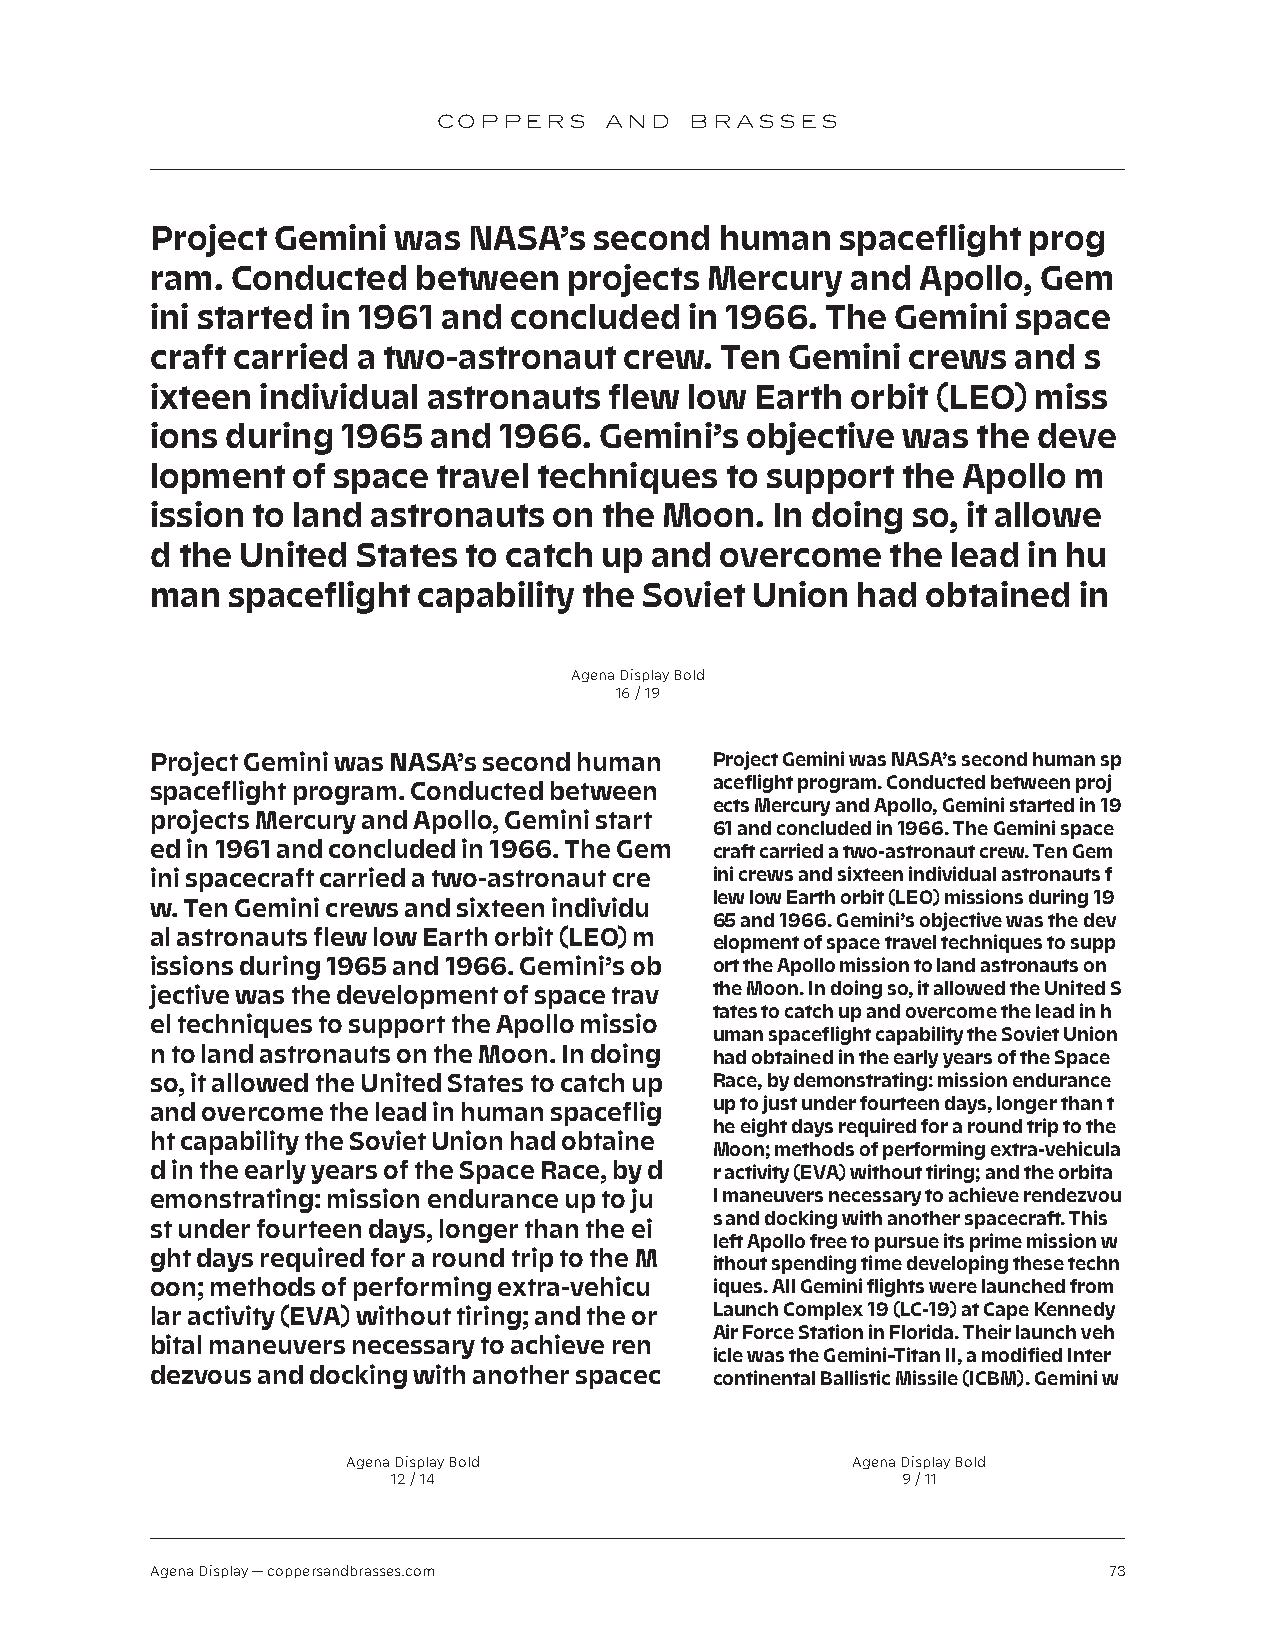
COPPERS    AND   BRASSES
 Project Gemini  was  NASA’s  second   human   spaceflight prog
 ram. Conducted   between    projects Mercury  and  Apollo, Gem
 ini started in 1961 and concluded   in 1966. The Gemini  space
 craft carried a two-astronaut  crew.  Ten Gemini  crews  and  s
 ixteen individual astronauts  flew  low Earth orbit (LEO) miss
 ions during  1965 and  1966.  Gemini’s objective  was  the deve
 lopment  of space  travel techniques  to support  the Apollo m
 ission to land astronauts  on the Moon.  In doing so, it allowe
 d the United  States to catch up and  overcome   the lead in hu
 man  spaceflight  capability the Soviet Union  had obtained  in
 Agena Display Bold
 16 / 19
 Project Gemini was NASA’s second human Project Gemini was NASA’s second human sp
 aceflight program. Conducted between proj
 spaceflight program. Conducted between
 ects Mercury and Apollo, Gemini started in 19
 projects Mercury and Apollo, Gemini start
 61 and concluded in 1966. The Gemini space
 ed in 1961 and concluded in 1966. The Gem craft carried a two-astronaut crew. Ten Gem
 ini spacecraft carried a two-astronaut cre ini crews and sixteen individual astronauts f
 lew low Earth orbit (LEO) missions during 19
 w. Ten Gemini crews and sixteen individu
 65 and 1966. Gemini’s objective was the dev
 al astronauts flew low Earth orbit (LEO) m
 elopment of space travel techniques to supp
 issions during 1965 and 1966. Gemini’s ob ort the Apollo mission to land astronauts on
 jective was the development of space trav the Moon. In doing so, it allowed the United S
 tates to catch up and overcome the lead in h
 el techniques to support the Apollo missio
 uman spaceflight capability the Soviet Union
 n to land astronauts on the Moon. In doing had obtained in the early years of the Space
 so, it allowed the United States to catch up Race, by demonstrating: mission endurance
 up to just under fourteen days, longer than t
 and overcome the lead in human spaceflig
 he eight days required for a round trip to the
 ht capability the Soviet Union had obtaine
 Moon; methods of performing extra-vehicula
 d in the early years of the Space Race, by d r activity (EVA) without tiring; and the orbita
 emonstrating: mission endurance up to ju l maneuvers necessary to achieve rendezvou
 s and docking with another spacecraft. This
 st under fourteen days, longer than the ei
 left Apollo free to pursue its prime mission w
 ght days required for a round trip to the M
 ithout spending time developing these techn
 oon; methods of performing extra-vehicu iques. All Gemini flights were launched from
 lar activity (EVA) without tiring; and the or Launch Complex 19 (LC-19) at Cape Kennedy
 Air Force Station in Florida. Their launch veh
 bital maneuvers necessary to achieve ren
 icle was the Gemini–Titan II, a modified Inter
 dezvous and docking with another spacec continental Ballistic Missile (ICBM). Gemini w
 Agena Display Bold               Agena Display Bold
 12 / 14                           9 / 11
 Agena Display — coppersandbrasses.com                          73